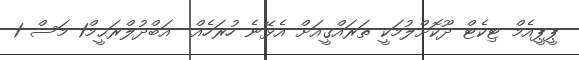
ޕީޕީއެމް ޓިކެޓް ދޫކޮށްލުމަކީ ތަރައްޤީއަށް އެޅޭނެ ހުރަހެއް  އަބްދުލްރަޙީމް1 މަސް 1